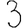
Digit: 3